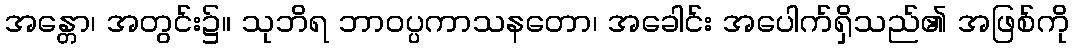
အန္တော၊ အတွင်း၌။ သုဘိရ ဘာဝပ္ပကာသနတော၊ အခေါင်း အပေါက်ရှိသည်၏ အဖြစ်ကို